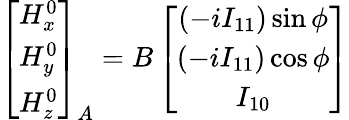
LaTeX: \left[\begin{array}{c}{H_{x}^{0}}\\ {H_{y}^{0}}\\ {H_{z}^{0}}\end{array}\right]_{A}=B\left[\begin{array}{c}{\left(-iI_{11}\right)\sin\phi}\\ {\left(-iI_{11}\right)\cos\phi}\\ {I_{10}}\end{array}\right]